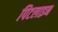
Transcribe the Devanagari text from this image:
पिटलाइन